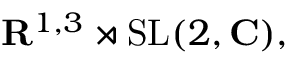
\mathbf { R } ^ { 1 , 3 } \rtimes \mathrm { S L } ( 2 , \mathbf { C } ) ,